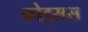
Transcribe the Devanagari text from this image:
क्रोइसस